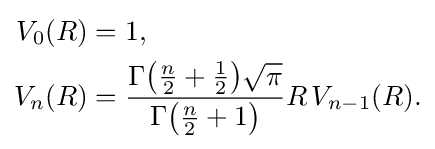
{\begin{aligned}V_{0}(R)&=1,\\V_{n}(R)&={\frac {\Gamma {\bigl (}{\tfrac {n}{2}}+{\tfrac {1}{2}}{\bigr )}{\sqrt {\pi }}}{\Gamma {\bigl (}{\tfrac {n}{2}}+1{\bigr )}}}R\,V_{n-1}(R).\end{aligned}}